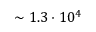
\sim 1 . 3 \cdot 1 0 ^ { 4 }